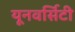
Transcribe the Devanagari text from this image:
यूनवर्सिटी